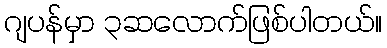
ဂျပန်မှာ ၃ဆလောက်ဖြစ်ပါတယ်။